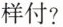
样付?